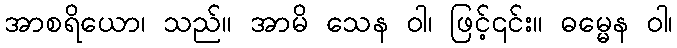
အာစရိယော၊ သည်။ အာမိ သေန ဝါ၊ ဖြင့်၎င်း။ ဓမ္မေန ဝါ၊